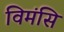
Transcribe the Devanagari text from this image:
विमंसि